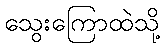
သွေးကြောထဲသို့